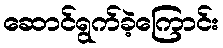
ဆောင်ရွက်ခဲ့ကြောင်း